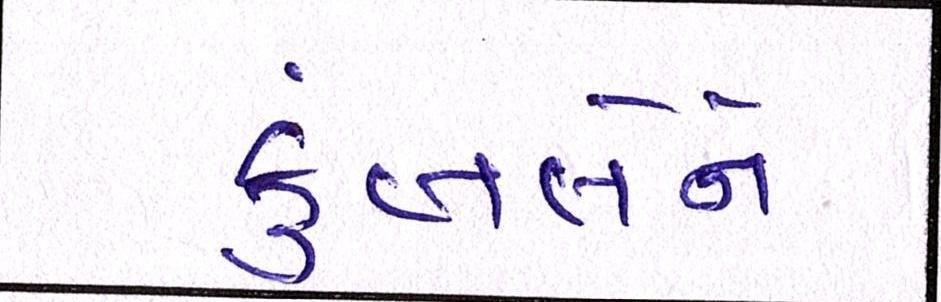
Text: કુંબલેને